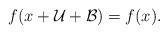
LaTeX: \begin{align*} f( x + \mathcal{U} + \mathcal{B}) = f(x). \end{align*}